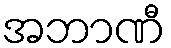
အဘာဏီ